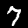
Digit: 7